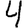
Digit: 4